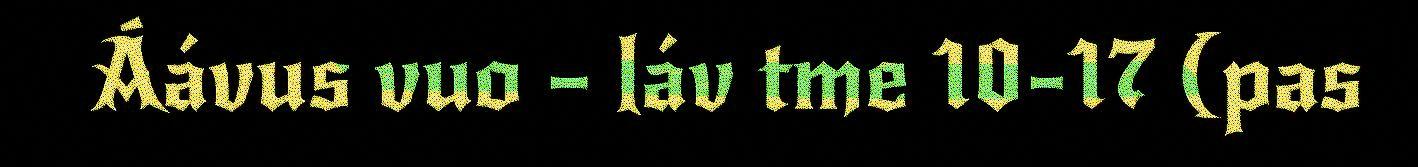
Áávus vuo – láv tme 10-17 (pas